Report of the Indian Hemp Drugs Commission, 1894-1895 - Volume IV
Year: 1894
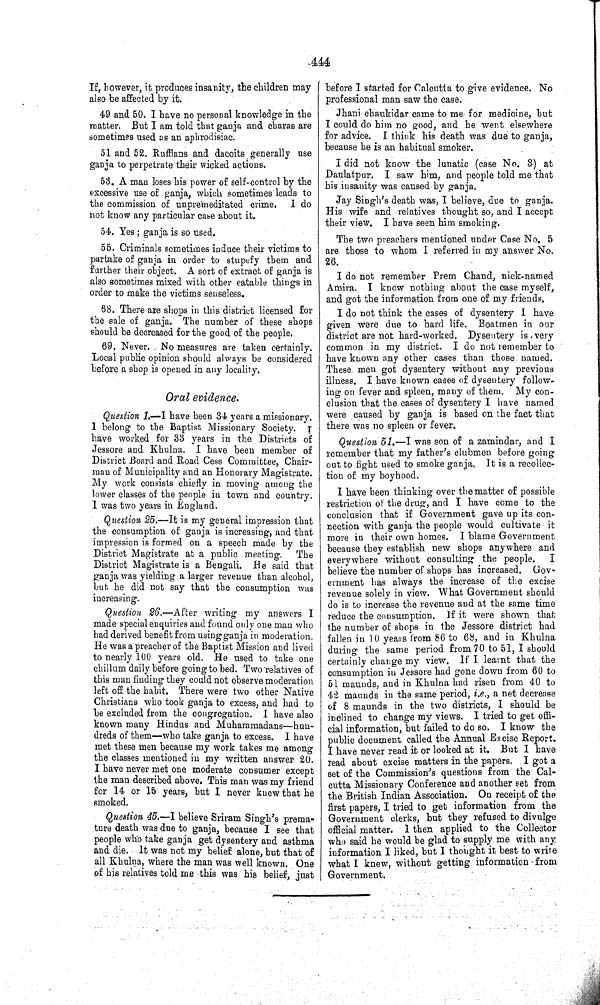
444
If, however, it produces insanity, the children may
also be affected by it.
49 and 50. I have no personal knowledge in the
matter. But I am told that ganja and charas are
sometimes used as an aphrodisiac.
51 and 52. Ruffians and dacoits generally use
ganja to perpetrate their wicked actions.
53. A man loses his power of self-control by the
excessive use of ganja, which sometimes leads to
the commission of unpremeditated crime. I do
not know any particular case about it.
54. Yes; ganja is so used.
55. Criminals sometimes induce their victims to
partake of ganja in order to stupefy them and
further their object. A sort of extract of ganja is
also sometimes mixed with other eatable things in
order to make the victims senseless.
68. There are shops in this district licensed for
the sale of ganja. The number of these shops
should be decreased for the good of the people.
69. Never. . No measures are taken certainly.
Local public opinion should always be considered
before a shop is opened in any locality.
Oral evidence.
Question 1.—I have been 34 years a missionary.
I belong to the Baptist Missionary Society. I
have worked for 33 years in the Districts of
Jessore and Khulna. I have been member of
District Board and Road Cess Committee, Chair-
man of Municipality and an Honorary Magistrate.
My work consists chiefly in moving among the
lower classes of the people in town and country.
I was two years in England.
Question 25.—It is my general impression that
the consumption of ganja is increasing, and that
impression is formed on a speech made by the
District Magistrate at a public meeting. The
District Magistrate is a Bengali. He said that
ganja was yielding a larger revenue than alcohol,
but he did not say that the consumption was
increasing.
Question 26.—After writing my answers I
made special enquiries and found only one man who
had derived benefit from using ganja in moderation.
He was a preacher of the Baptist Mission and lived
to nearly 100 years old. He used to take one
chillum daily before going to bed. Two relatives of
this man finding they could not observe moderation
left off the habit. There were two other Native
Christians who took ganja to excess, and had to
be excluded from the congregation. I have also
known many Hindus and Muhammadans—hun-
dreds of them—who take ganja to excess. I have
met these men because my work takes me among
the classes mentioned in my written answer 20.
I have never met one moderate consumer except
the man described above. This man was my friend
for 14 or 15 years, but I never knew that he
smoked.
Question 45.—I believe Sriram Singh's prema-
ture death was due to ganja, because I see that
people who take ganja get dysentery and asthma
and die. It was not my belief alone, but that of
all Khulna, where the man was well known. One
of his relatives told me this was his belief, just
before I started for Calcutta to give evidence. No
professional man saw the case.
Jhani chaukidar came to me for medicine, but
I could do him no good, and he went elsewhere
for advice. I think his death was due to ganja,
because he is an habitual smoker.
I did not know the lunatic (case No. 3) at
Daulatpur. I saw him, and people told me that
his insanity was caused by ganja.
Jay Singh's death was, I believe, due to ganja.
His wife and relatives thought so, and I accept
their view. I have seen him smoking.
The two preachers mentioned under Case No. 5
are those to whom I referred in my answer No.
26.
I do not remember Prem Chand, nick-named
Amira. I know nothing about the case myself,
and got the information from one of my friends.
I do not think the cases of dysentery I have
given were due to hard life. Boatmen in our
district are not hard-worked. Dysentery is very
common in my district. I do not remember to
have known any other cases than those named.
These men got dysentery without any previous
illness. I have known cases of dysentery follow-
ing on fever and spleen, many of them. My con-
clusion that the cases of dysentery I have named
were caused by ganja is based on the fact that
there was no spleen or fever.
Question 51.—I was son of a zamindar, and I
remember that my father's clubmen before going
out to fight used to smoke ganja. It is a recollec-
tion of my boyhood.
I have been thinking over the matter of possible
restriction of the drug, and I have come to the
conclusion that if Government gave up its con-
nection with ganja the people would cultivate it
more in their own homes. I blame Government
because they establish new shops anywhere and
everywhere without consulting the people.
I
believe the number of shops has increased. Gov-
ernment has always the increase of the excise
revenue solely in view. What Government should
do is to increase the revenue and at the same time
reduce the consumption. If it were shown that
the number of shops in the Jessore district had
fallen in 10 years from 86 to 68, and in Khulna
during the same period from 70 to 51, I should
certainly change my view. If I learnt that the
consumption in Jessore had gone down from 60 to
51 maunds, and in Khulna had risen from 40 to
42 maunds in the same period, i.e., a net decrease
of 8 maunds in the two districts, I should be
inclined to change my views. I tried to get offi-
cial information, but failed to do so. I know the
public document called the Annual Excise Report.
I have never read it or looked at it. But I have
read about excise matters in the papers. I got a
set of the Commission's questions from the Cal-
cutta Missionary Conference and another set from
the British Indian Association. On receipt of the
first papers, I tried to get information from the
Government clerks, but they refused to divulge
official matter. I then applied to the Collector
who said he would be glad to supply me with any
information I liked, but I thought it best to write
what I knew, without getting information from
Government.